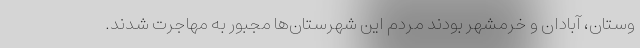
وستان، آبادان و خرمشهر بودند مردم این شهرستان‌ها مجبور به مهاجرت شدند.